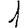
Digit: 1